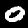
Digit: 0